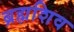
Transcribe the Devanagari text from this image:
ब्रह्मशिव